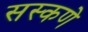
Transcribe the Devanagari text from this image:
सस्कणे